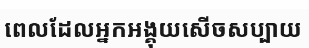
ពេលដែលអ្នកអង្គុយសើចសប្បាយ